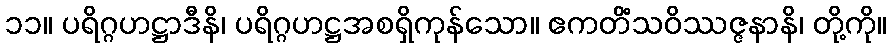
၁၁။ ပရိဂ္ဂဟဋ္ဌာဒီနိ၊ ပရိဂ္ဂဟဋ္ဌအစရှိကုန်သော။ ဧကတိံသဝိဿဇ္ဇနာနိ၊ တို့ကို။